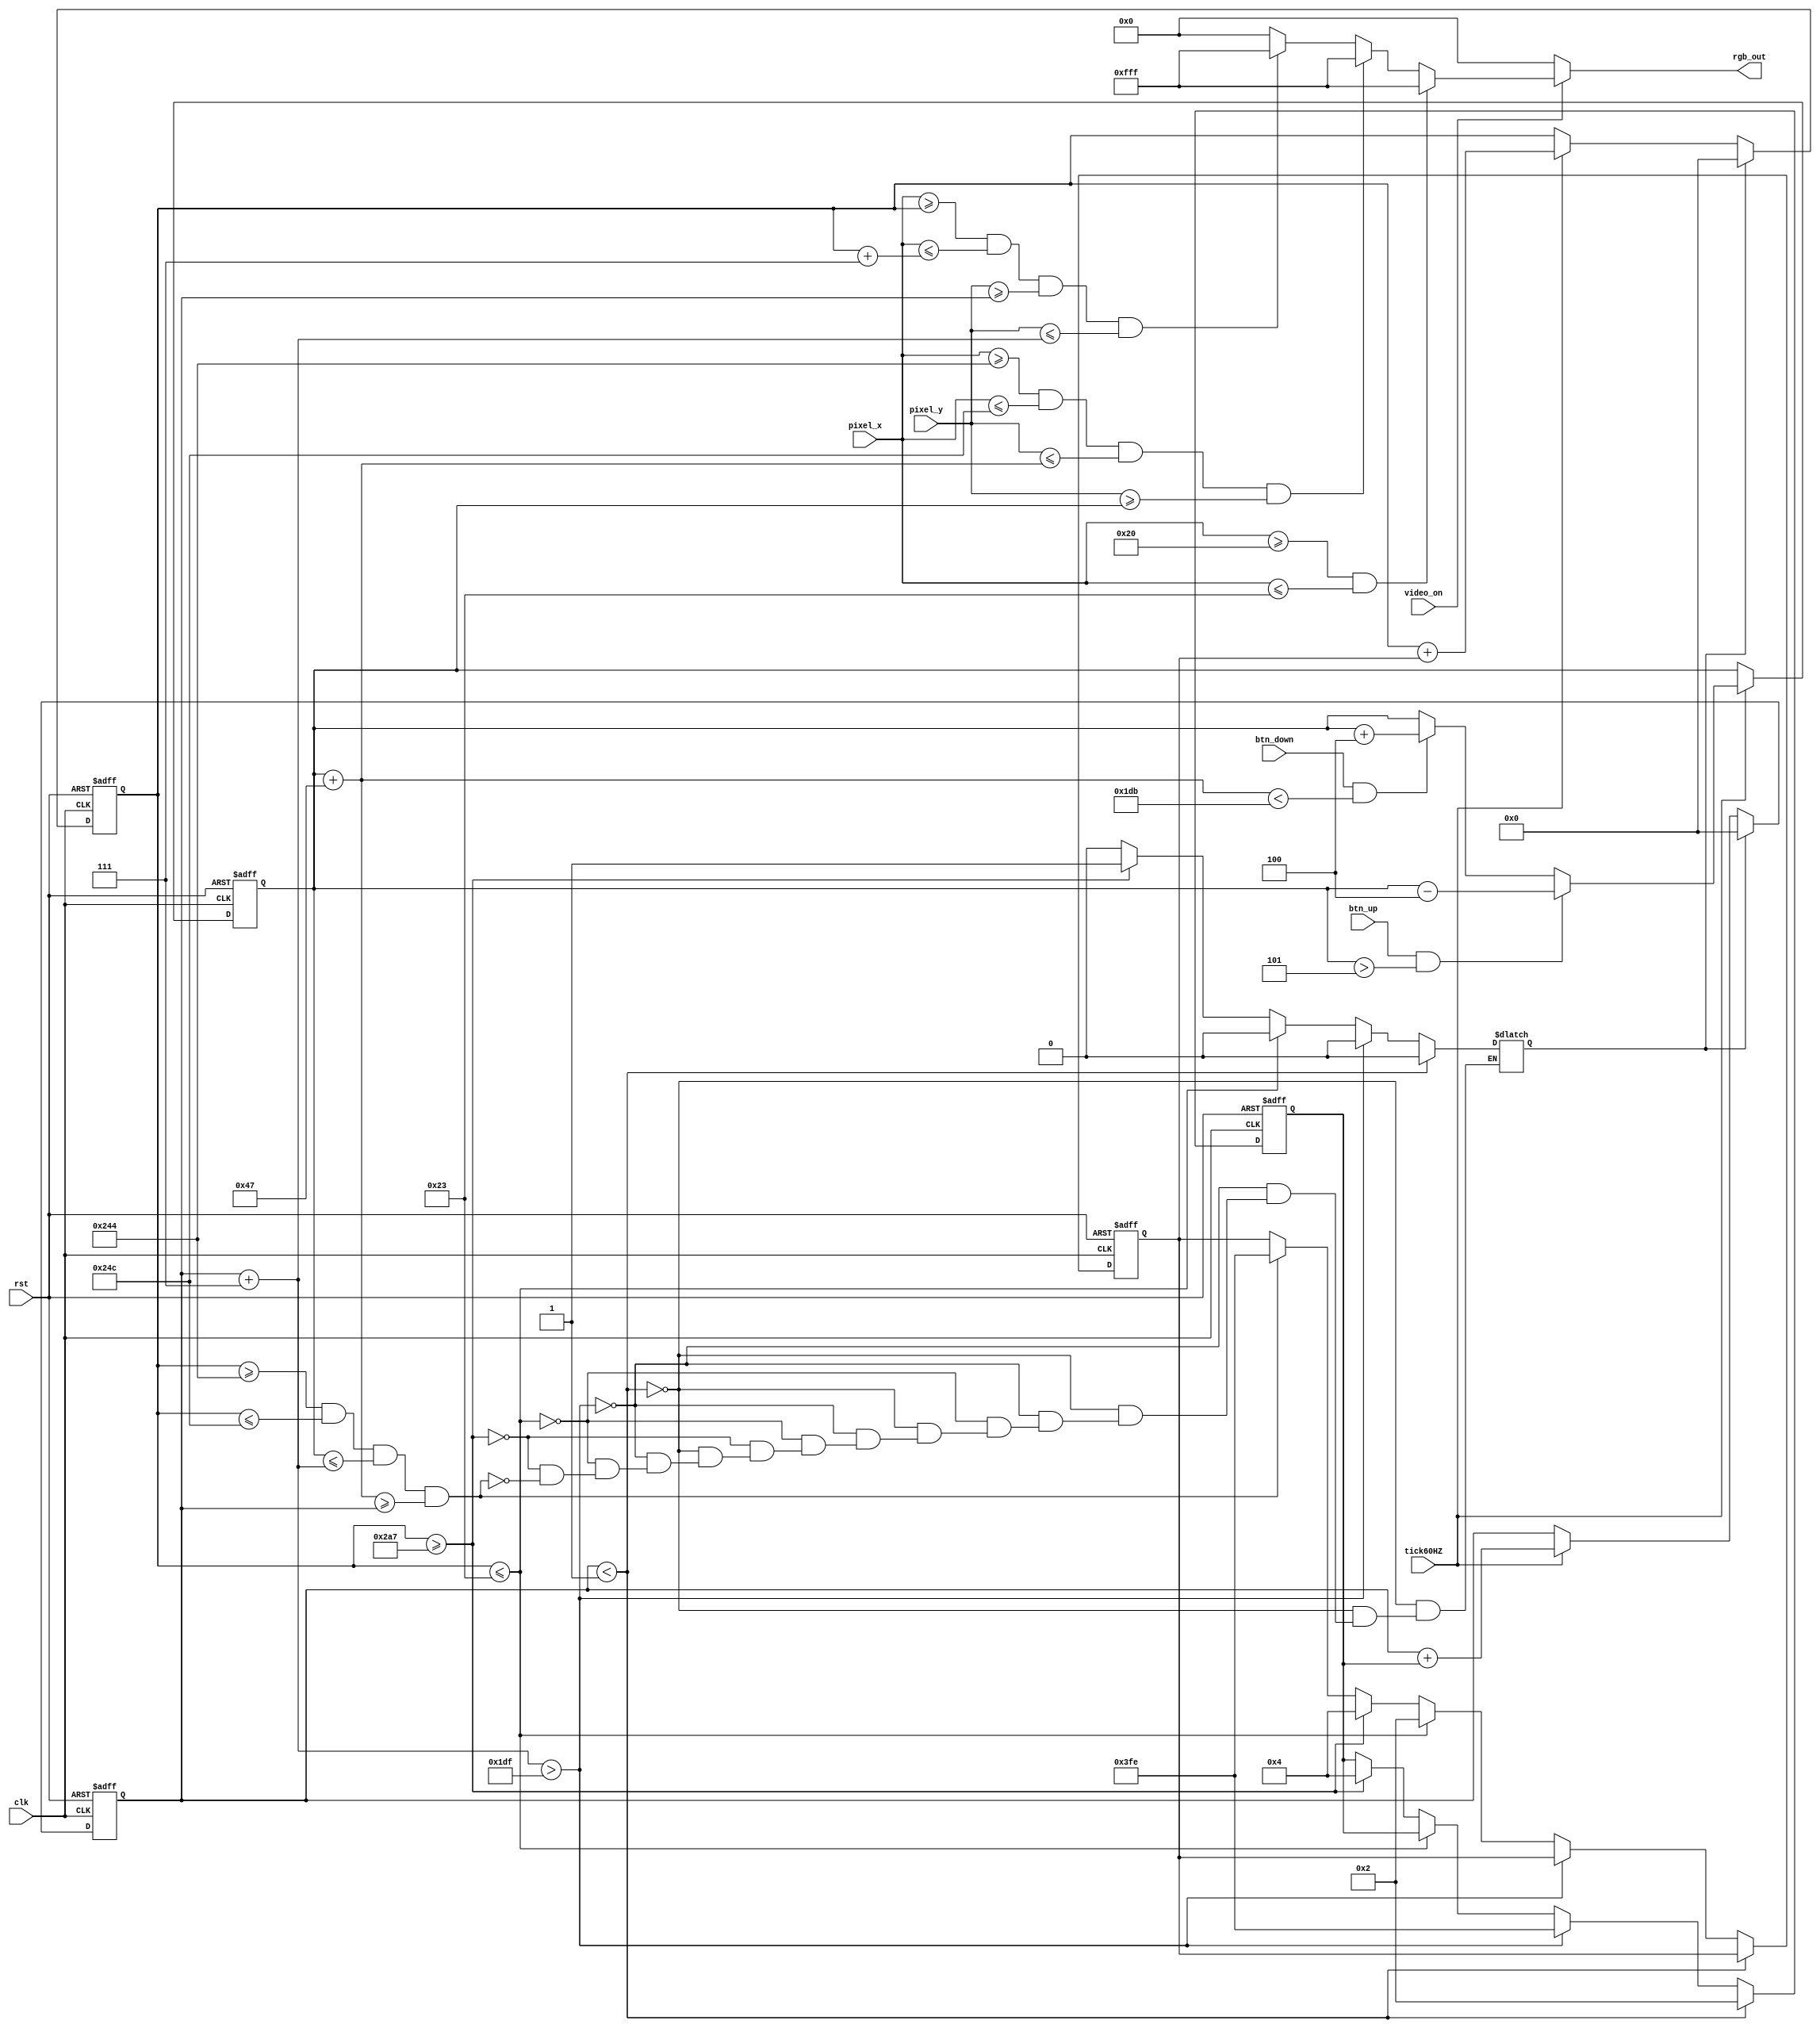
`timescale 1ns / 1ps
//****************************************************************// 
  //  File name: <Pixel_Generator>                                //       
  //  Created by       <Cristian Lopez> on <december 12, 2018>.    // 
  //  Copyright  2018 <Cristian lopez>. All rights reserved.       //
  //                                                                // 
  //  In submitting this file for class work at CSULB               // 
  //  I am confirming that this is my work and the work             // 
  //  of no one else. In submitting this code I acknowledge that    // 
  //  plagiarism in student project work is subject to dismissal.   // 
  //  from the class                                                //
  //****************************************************************//
module Pixel_Gen(clk, rst, video_on, btn_down, btn_up, tick60HZ, pixel_x, pixel_y, rgb_out);
input clk, rst, video_on, btn_down, btn_up, tick60HZ;
input [9:0] pixel_x, pixel_y;
output reg [11:0] rgb_out;
reg [9:0] paddle_y_reg, paddle_y_next;
wire wall_on, ball_on, paddle_on;
wire [9:0] paddle_bottom, paddle_top;
reg game_over;
////////ball variables /////////////
reg [9:0] x_delta_reg, x_delta_next, y_delta_reg, y_delta_next,
          ball_x_reg, ball_y_reg; //
			 
wire [9:0] ball_y_t, ball_y_b, ball_x_l, ball_x_r,  ball_x_next, ball_y_next;
//////////////////////////////////////ball operations///////////////////////////////////
assign ball_y_t = ball_y_reg;
assign ball_y_b = ball_y_reg + 10'd7;
assign ball_x_r = ball_x_reg;
assign ball_x_l = ball_x_reg + 10'd7;
assign ball_x_next = (game_over) ? 10'b0 :((tick60HZ) ? ball_x_reg + x_delta_reg : ball_x_reg);
assign ball_y_next = (game_over) ? 10'b0 : ((tick60HZ) ? ball_y_reg + y_delta_reg : ball_y_reg);


always @(*) begin                  //////ball speeds
	x_delta_next = x_delta_reg;
	y_delta_next = y_delta_reg;
	if (ball_y_t < 1) begin
		y_delta_next = 2;
		game_over = 1'b0; end
	else if(ball_y_b > 479) begin
		y_delta_next = -2;
		game_over = 1'b0; end
	else if(ball_x_r <= 35) begin
		x_delta_next = 2;
		game_over = 1'b0; end
	  else if(ball_x_r >= 679) begin  // game over restart ball position and speed
		x_delta_next = 10'h4;
		y_delta_next = 10'h4;
		game_over = 1'b1;	end
	else if((ball_x_r >= 580) && ( ball_x_r <= 588) &&
			  (paddle_top <= ball_y_b ) && (paddle_bottom >= ball_y_t)) begin
			x_delta_next = -2;
			game_over = 1'b0; end

end
assign ball_on = ((pixel_x >= ball_x_r) && ( pixel_x <= ball_x_l) &&
						(pixel_y >= ball_y_t) && (pixel_y <= ball_y_b));
////////////////////////////////////////// static   Wall //////////////////////////////////////////
assign wall_on = ((pixel_x >= 32) && (pixel_x <= 35));

//////////////////////////////////////////// paddle ///////////////////////////////////////////////
assign paddle_top = paddle_y_reg;
assign paddle_bottom = paddle_top + 10'd71; // move top of paddle acording to top register
always @(*) begin 
	paddle_y_next = paddle_y_reg; //stay the same if tick has not accured
	if (tick60HZ) begin
		if (btn_down & (paddle_bottom < 10'd475))/// move down until the boundarie (480)
		paddle_y_next = paddle_y_reg + 10'd4;
		if (btn_up & (paddle_top > 10'd5))////move up until top boundarie
		paddle_y_next = paddle_y_reg - 10'd4;	end
end
assign paddle_on = ((pixel_x >= 580) && (pixel_x <= 588) &&
                    (pixel_y <= paddle_bottom) && (pixel_y >= paddle_top));//paddle is on in this boundaries

						  
/////////////////////////////////////// register logic //////////////////////////////////////////////
always @(posedge clk, posedge rst) begin
           if (rst) begin
                      paddle_y_reg <= 10'b0;
                      x_delta_reg <= 10'h4;
							 y_delta_reg <= 10'h4;
							 ball_x_reg <= 10'b0;
							 ball_y_reg <= 10'b0;
							 
           end
           else begin
                      paddle_y_reg <= paddle_y_next;
							 x_delta_reg <= x_delta_next;
							 y_delta_reg <= y_delta_next;
							 ball_x_reg <= ball_x_next;
							 ball_y_reg <= ball_y_next;
           end
end


//////////////////////////////set RGB signals//////////////////////////
always @(*) begin
           if (~video_on)
                   rgb_out = 12'h0;
           else begin
                      if (wall_on)        // wall dimensions
                                 rgb_out = 12'hfff;
                      else if (paddle_on)
                                 rgb_out = 12'hfff;
                      else if (ball_on)
                                 rgb_out = 12'hfff; 
                      else 
                                 rgb_out = 12'b0; //white background
                      end    
end
endmodule